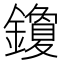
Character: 𰽒